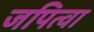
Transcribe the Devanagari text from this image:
जपित्वा